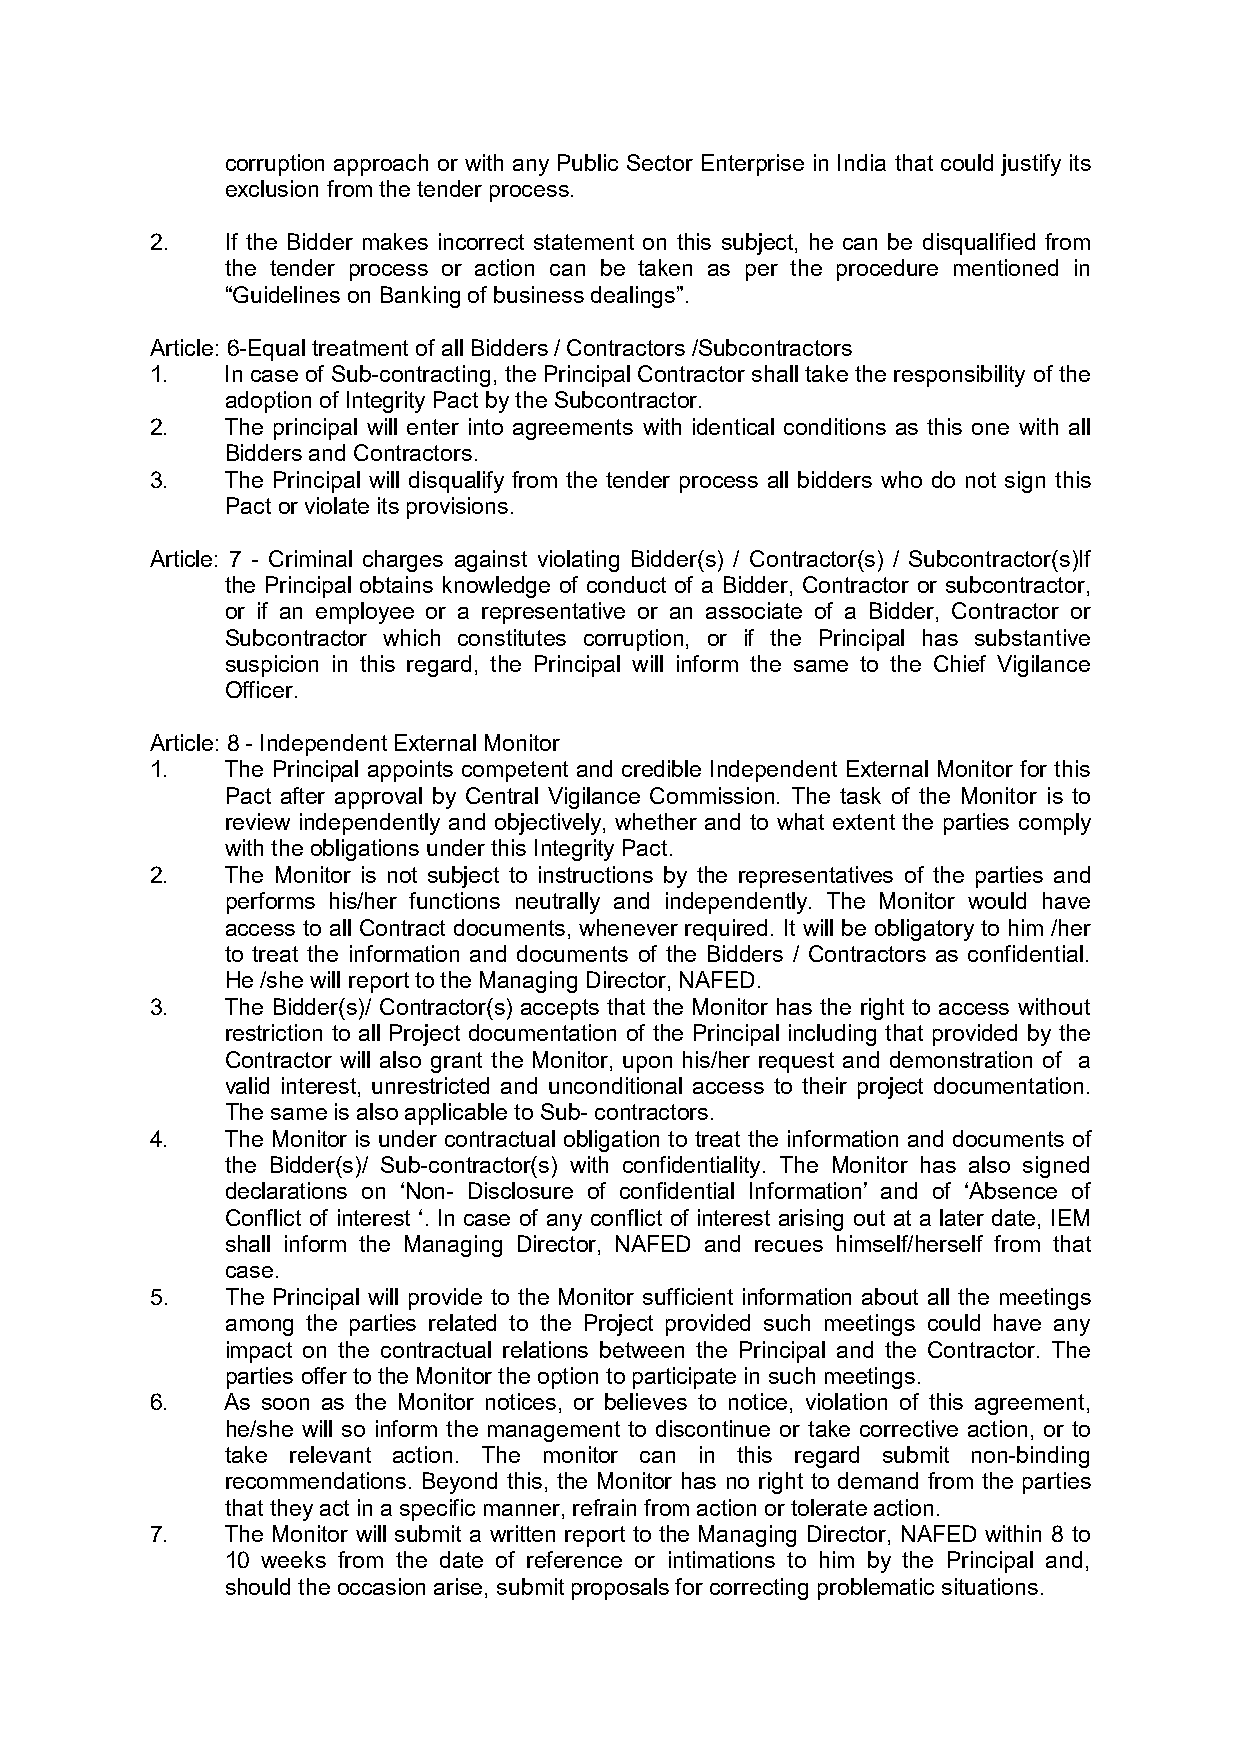
corruption approach or with any Public Sector Enterprise in India that could justify its
 exclusion from the tender process.
 2.   If the Bidder makes incorrect statement on this subject, he can be disqualified from
 the tender process or action can be taken as per the procedure mentioned in
 “Guidelines on Banking of business dealings”.
 Article: 6-Equal treatment of all Bidders / Contractors /Subcontractors
 1.   In case of Sub-contracting, the Principal Contractor shall take the responsibility of the
 adoption of Integrity Pact by the Subcontractor.
 2.   The principal will enter into agreements with identical conditions as this one with all
 Bidders and Contractors.
 3.   The Principal will disqualify from the tender process all bidders who do not sign this
 Pact or violate its provisions.
 Article: 7 - Criminal charges against violating Bidder(s) / Contractor(s) / Subcontractor(s)If
 the Principal obtains knowledge of conduct of a Bidder, Contractor or subcontractor,
 or if an employee or a representative or an associate of a Bidder, Contractor or
 Subcontractor which constitutes corruption, or if the Principal has substantive
 suspicion in this regard, the Principal will inform the same to the Chief Vigilance
 Officer.
 Article: 8 - Independent External Monitor
 1.   The Principal appoints competent and credible Independent External Monitor for this
 Pact after approval by Central Vigilance Commission. The task of the Monitor is to
 review independently and objectively, whether and to what extent the parties comply
 with the obligations under this Integrity Pact.
 2.   The Monitor is not subject to instructions by the representatives of the parties and
 performs his/her functions neutrally and independently. The Monitor would have
 access to all Contract documents, whenever required. It will be obligatory to him /her
 to treat the information and documents of the Bidders / Contractors as confidential.
 He /she will report to the Managing Director, NAFED.
 3.   The Bidder(s)/ Contractor(s) accepts that the Monitor has the right to access without
 restriction to all Project documentation of the Principal including that provided by the
 Contractor will also grant the Monitor, upon his/her request and demonstration of a
 valid interest, unrestricted and unconditional access to their project documentation.
 The same is also applicable to Sub- contractors.
 4.   The Monitor is under contractual obligation to treat the information and documents of
 the Bidder(s)/ Sub-contractor(s) with confidentiality. The Monitor has also signed
 declarations on ‘Non- Disclosure of confidential Information’ and of ‘Absence of
 Conflict of interest ‘. In case of any conflict of interest arising out at a later date, IEM
 shall inform the Managing Director, NAFED and recues himself/herself from that
 case.
 5.   The Principal will provide to the Monitor sufficient information about all the meetings
 among the parties related to the Project provided such meetings could have any
 impact on the contractual relations between the Principal and the Contractor. The
 parties offer to the Monitor the option to participate in such meetings.
 6.   As soon as the Monitor notices, or believes to notice, violation of this agreement,
 he/she will so inform the management to discontinue or take corrective action, or to
 take relevant action. The monitor can in this regard submit non-binding
 recommendations. Beyond this, the Monitor has no right to demand from the parties
 that they act in a specific manner, refrain from action or tolerate action.
 7.   The Monitor will submit a written report to the Managing Director, NAFED within 8 to
 10 weeks from the date of reference or intimations to him by the Principal and,
 should the occasion arise, submit proposals for correcting problematic situations.